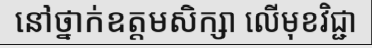
នៅថ្នាក់ឧត្តមសិក្សា លើមុខវិជ្ជា